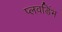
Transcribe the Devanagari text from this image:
प्लवडिंभ